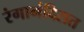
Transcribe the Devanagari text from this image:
रंगामंदिरात